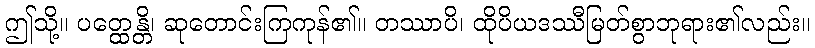
ဤသို့။ ပတ္ထေန္တိ၊ ဆုတောင်းကြကုန်၏။ တဿာပိ၊ ထိုပိယဒဿီမြတ်စွာဘုရား၏လည်း။